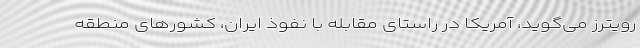
رویترز می‌گوید، آمریکا در راستای مقابله با نفوذ ایران، کشورهای منطقه